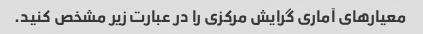
معیارهای آماری گرایش مرکزی را در عبارت زیر مشخص کنید.